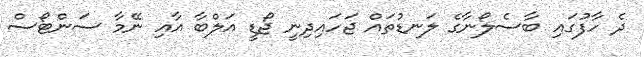
ދެ ހާފުގައި ބާސެލޯނާގެ ލަނޑުތައް ޖަހައިދިނީ ޖޯޑީ އަލްބާ އާއި ނޭމާ ސަންޓޯސް